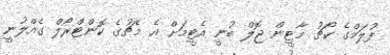
ފުލަމްގެ ކޯޗު މާޓީން ޖޮލް ބުނީ އެޓީމަށް އެ މެޗުގެ ކޮންޓްރޯލް ގެއްލުނީ